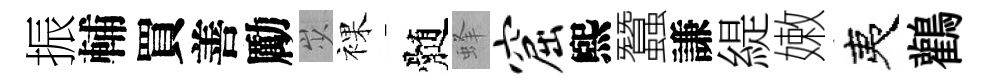
振輔買善勵𡵯裸髄蜂窟煕蠶謙緹嫩夷鸛